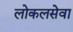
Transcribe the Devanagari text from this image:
लोकलसेवा